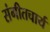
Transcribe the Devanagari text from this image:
संगीतचार्य